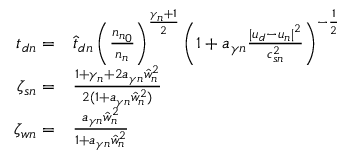
\begin{array} { r l } { { t _ { d n } } = } & { \hat { t } _ { d n } \left( \frac { { n _ { n } } _ { 0 } } { { n _ { n } } } \right) ^ { \frac { \gamma _ { n } + 1 } { 2 } } \left( 1 + a _ { \gamma n } \frac { | { u _ { d } } - { u _ { n } } | ^ { 2 } } { c _ { s n } ^ { 2 } } \right) ^ { - \frac 1 2 } } \\ { \zeta _ { s n } = } & { \frac { 1 + \gamma _ { n } + 2 a _ { \gamma n } \hat { w } _ { n } ^ { 2 } } { 2 ( 1 + a _ { \gamma n } \hat { w } _ { n } ^ { 2 } ) } } \\ { \zeta _ { w n } = } & { \frac { a _ { \gamma n } \hat { w } _ { n } ^ { 2 } } { 1 + a _ { \gamma n } \hat { w } _ { n } ^ { 2 } } } \end{array}